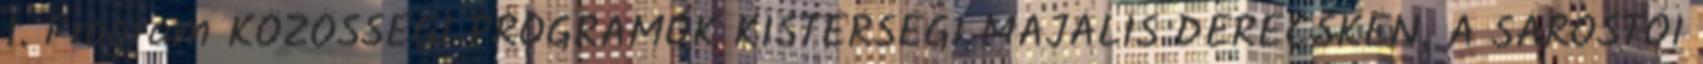
1. Program KÖZÖSSÉGI PROGRAMOK KISTÉRSÉGI MAJÁLIS DERECSKÉN, A SÁROSTÓI